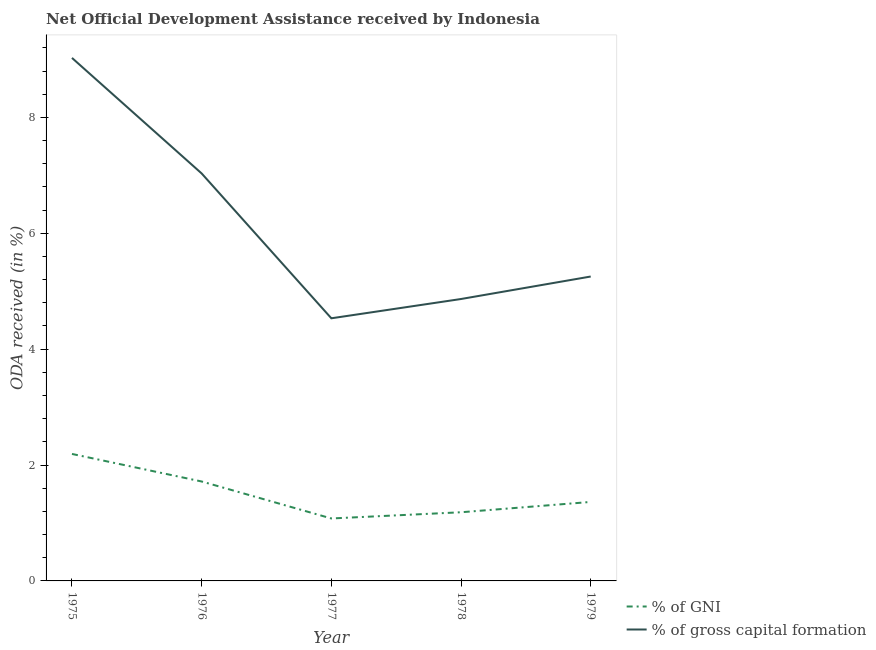
| Year | % of GNI | % of gross capital formation |
 | --- | --- | --- |
 | 1975 | 2.19 | 9.03 |
 | 1976 | 1.72 | 7.03 |
 | 1977 | 1.08 | 4.53 |
 | 1978 | 1.19 | 4.87 |
 | 1979 | 1.36 | 5.25 |